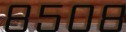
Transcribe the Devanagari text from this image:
८५०८